Annual report of the Punjab Veterinary College and of the Civil Veterinary Department, Punjab - 1909-1919
Year: 1909
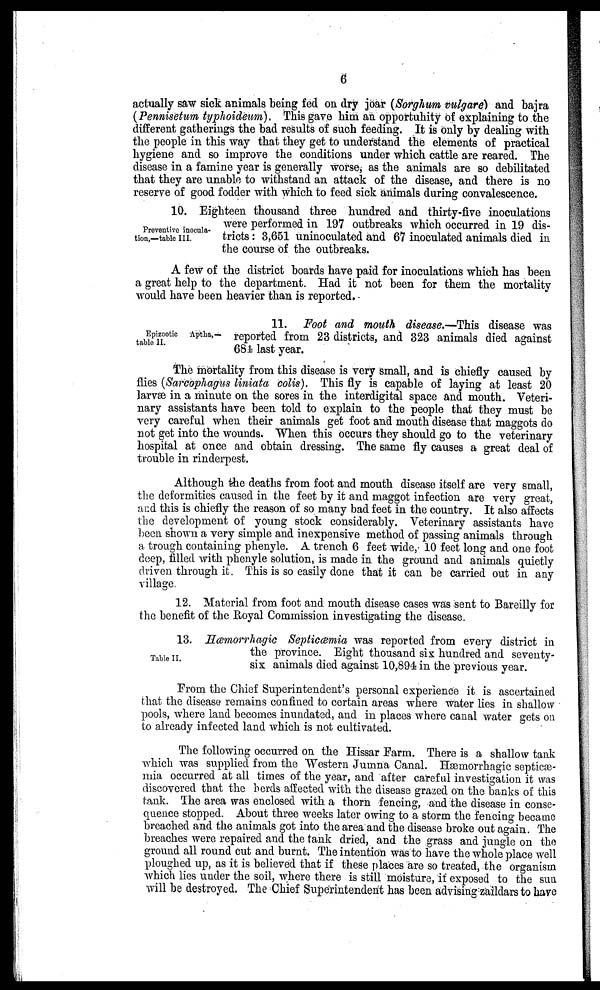
6
actually saw sick animals being fed on dry joar (Sorghum vulgare) and bajra
(Pennisetum typhoideum). This gave him an opportunity of explaining to the
different gatherings the bad results of such feeding. It is only by dealing with
the people in this way that they get to understand the elements of practical
hygiene and so improve the conditions under which cattle are reared. The
disease in a famine year is generally worse, as the animals are so debilitated
that they are unable to withstand an attack of the disease, and there is no
reserve of good fodder with which to feed sick animals during convalescence.
Preventive inocula-
tion,—table III.
10. Eighteen thousand three hundred and thirty-five inoculations
were performed in 197 outbreaks which occurred in 19 dis-
tricts : 3,651 uninoculated and 67 inoculated animals died in
the course of the outbreaks.
A few of the district boards have paid for inoculations which has been
a great help to the department. Had it not been for them the mortality
would have been heavier than is reported.
Epizootic Aptha,—
table II.
11. Foot and mouth disease.—This disease was
reported from 23 districts, and 323 animals died against
684 last year.
The mortality from this disease is very small, and is chiefly caused by
flies (Sarcophagus liniata colis). This fly is capable of laying at least 20
larvæ in a minute on the sores in the interdigital space and mouth. Veteri-
nary assistants have been told to explain to the people that they must be
very careful when their animals get foot and mouth disease that maggots do
not get into the wounds. When this occurs they should go to the veterinary
hospital at once and obtain dressing. The same fly causes a great deal of
trouble in rinderpest.
Although the deaths from foot and mouth disease itself are very small,
the deformities caused in the feet by it and maggot infection are very great,
and this is chiefly the reason of so many bad feet in the country. It also affects
the development of young stock considerably. Veterinary assistants have
been shown a very simple and inexpensive method of passing animals through
a trough containing phenyle. A trench 6 feet wide, 10 feet long and one foot
deep, filled with phenyle solution, is made in the ground and animals quietly
driven through it. This is so easily done that it can be carried out in any
village.
12. Material from foot and mouth disease cases was sent to Bareilly for
the benefit of the Royal Commission investigating the disease.
Table II.
13. Hæmorrhagic Septicæmia was reported from every district in
the province. Eight thousand six hundred and seventy-
six animals died against 10,894 in the previous year.
From the Chief Superintendent's personal experience it is ascertained
that the disease remains confined to certain areas where water lies in shallow
pools, where land becomes inundated, and in places where canal water gets on
to already infected land which is not cultivated.
The following occurred on the Hissar Farm. There is a shallow tank
which was supplied from the Western Jumna Canal. Hæmorrhagic septicæ-
mia occurred at all times of the year, and after careful investigation it was
discovered that the herds affected with the disease grazed on the banks of this
tank. The area was enclosed with a thorn fencing, and the disease in conse-
quence stopped. About three weeks later owing to a storm the fencing became
breached and the animals got into the area and the disease broke out again. The
breaches were repaired and the tank dried, and the grass and jungle on the
ground all round cut and burnt. The intention was to have the whole place well
ploughed up, as it is believed that if these places are so treated, the organism
which lies under the soil, where there is still moisture, if exposed to the sun
will be destroyed. The Chief Superintendent has been advising zaildars to have